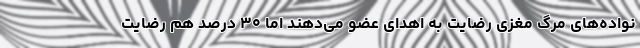
نواده‌های مرگ مغزی رضایت به اهدای عضو می‌دهند اما ۳۰ درصد هم رضایت